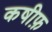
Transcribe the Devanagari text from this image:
कषीफ़